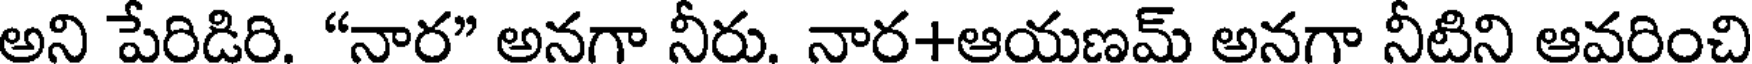
అని పేరిడిరి. "నార" అనగా నీరు. నార+ఆయణమ్ అనగా నీటిని ఆవరించి